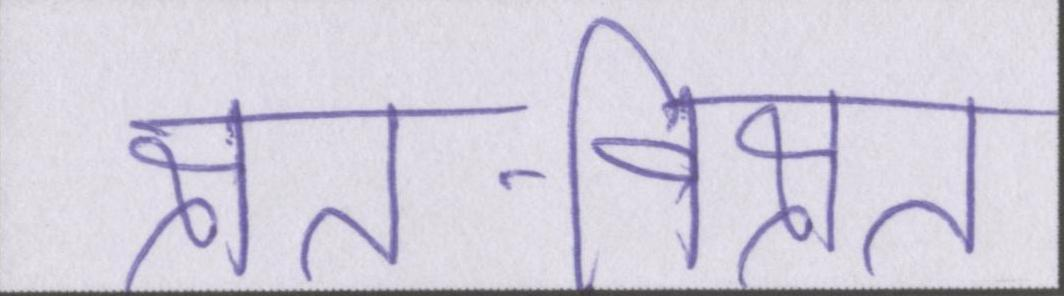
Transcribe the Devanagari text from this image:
क्षत-विक्षत